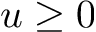
u \geq 0